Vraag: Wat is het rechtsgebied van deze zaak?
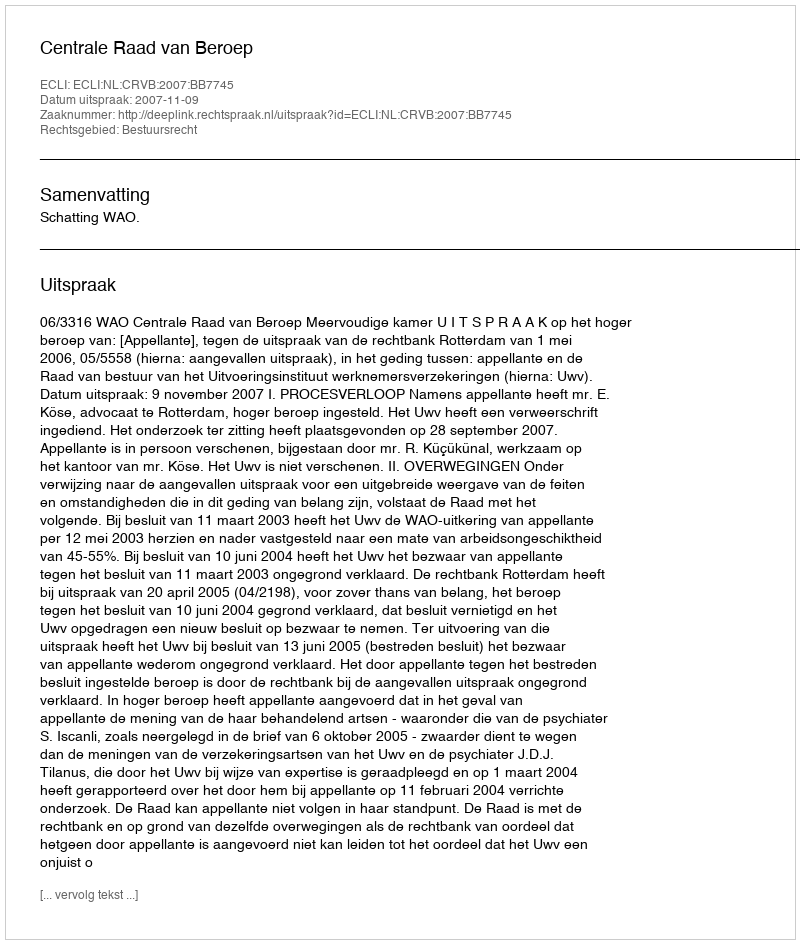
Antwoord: Bestuursrecht